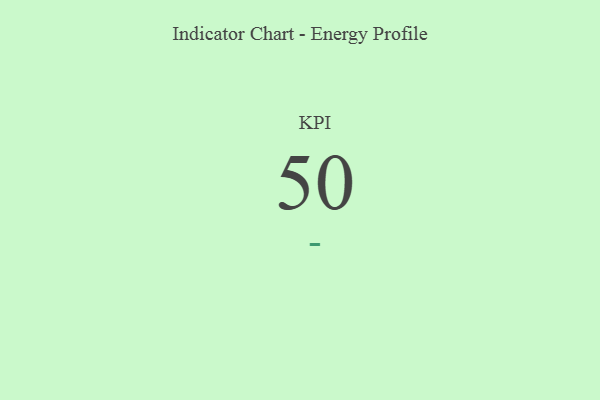
{"axis": {"x": "KPI", "y": "Value"}, "legend": [""], "data": [{"x": "KPI", "y": 50, "type": ""}]}